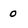
Character: o